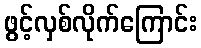
ဖွင့်လှစ်လိုက်ကြောင်း